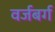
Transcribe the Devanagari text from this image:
वर्जबर्ग